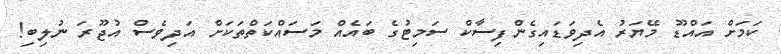
ކަމަށް އައްޑޫ މޭޔަރު އެދިވަޑައިގެންފިސާކް ސަމިޓުގެ ބައެއް މަސައްކަތްތަކަށް އަދިވެސް އުޖޫރަ ނުލިބި!